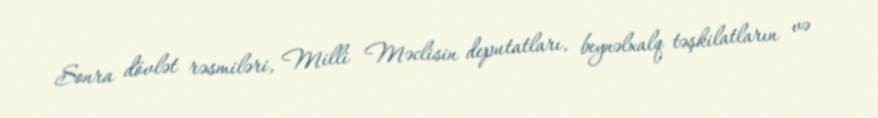
Sonra dövlət rəsmiləri, Milli Məclisin deputatları, beynəlxalq təşkilatların və